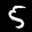
Label: 5